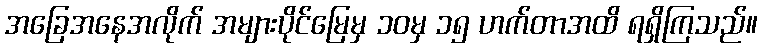
အခြေအနေအလိုက် အများပိုင်မြေမှ ၁၀မှ ၁၅ ဟက်တာအထိ ရရှိကြသည်။